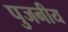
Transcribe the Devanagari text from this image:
पुजनीय